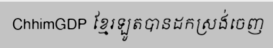
ChhimGDP ខ្មែរឡូតបានដកស្រង់ចេញ